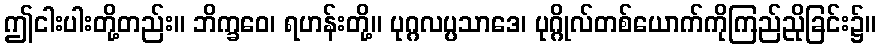
ဤငါးပါးတို့တည်း။ ဘိက္ခဝေ၊ ရဟန်းတို့။ ပုဂ္ဂလပ္ပသာဒေ၊ ပုဂ္ဂိုလ်တစ်ယောက်ကိုကြည်ညိုခြင်း၌။